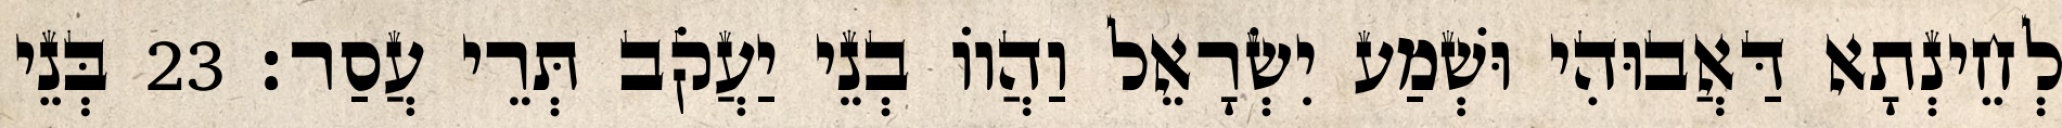
לְחֵינְתָא דַּאֲבוּהִי וּשְׁמַע יִשְׂרָאֵל וַהֲווֹ בְנֵי יַעֲקֹב תְּרֵי עֲסַר׃ 23 בְּנֵי